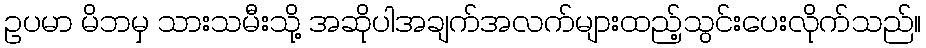
ဥပမာ မိဘမှ သားသမီးသို့ အဆိုပါအချက်အလက်များထည့်သွင်းပေးလိုက်သည်။